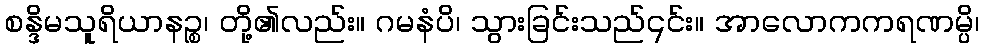
စန္ဒိမသူရိယာနဉ္စ၊ တို့၏လည်း။ ဂမနံပိ၊ သွားခြင်းသည်၎င်း။ အာလောကကရဏမ္ပိ၊